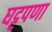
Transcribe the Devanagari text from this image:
घट्टपणा